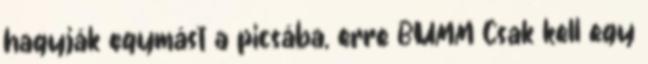
hagyják egymást a picsába, erre BUMM Csak kell egy